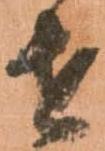
せ